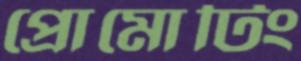
প্রোমোটিং